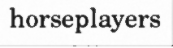
horseplayers